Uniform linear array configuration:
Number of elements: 4
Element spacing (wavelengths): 0.5
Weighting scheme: uniform
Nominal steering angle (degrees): -60
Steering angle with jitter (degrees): -58.256
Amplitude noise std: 0.05
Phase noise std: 0.05

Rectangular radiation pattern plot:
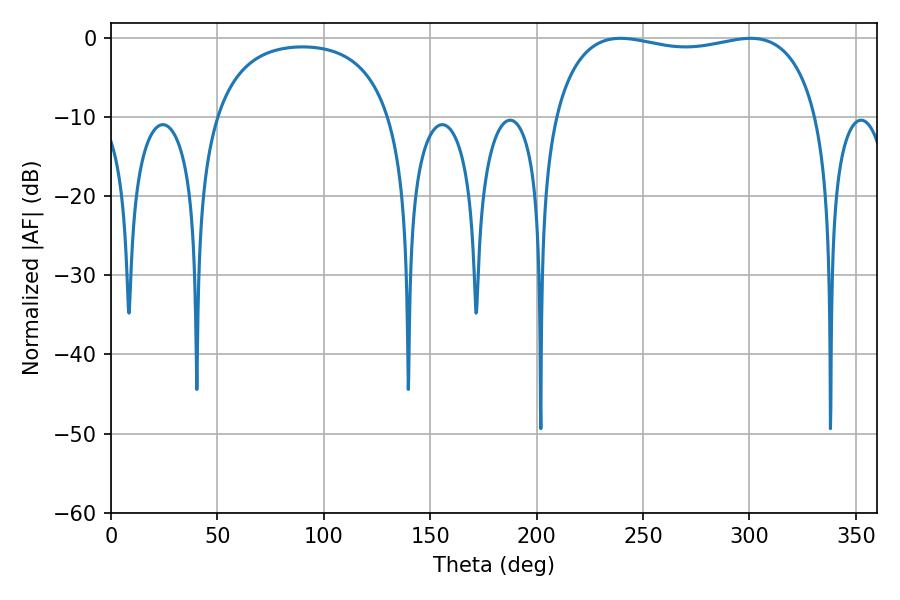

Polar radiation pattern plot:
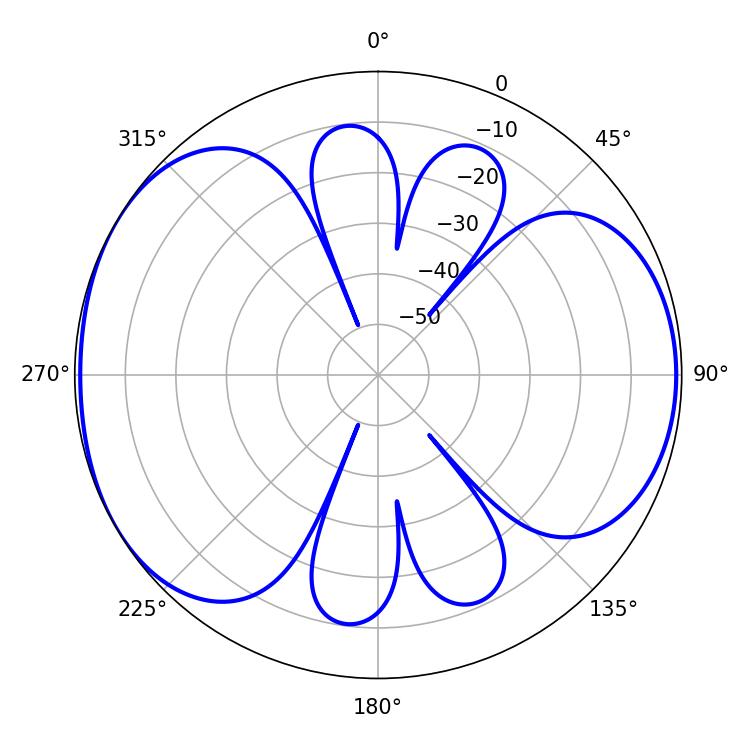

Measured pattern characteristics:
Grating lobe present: FALSE
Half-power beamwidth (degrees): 100.8
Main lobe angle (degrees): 239.4